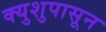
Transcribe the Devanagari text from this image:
क्युशुपासून